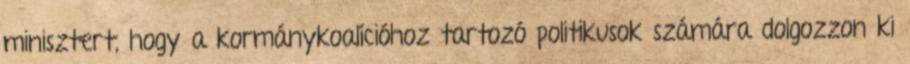
minisztert, hogy a kormánykoalícióhoz tartozó politikusok számára dolgozzon ki